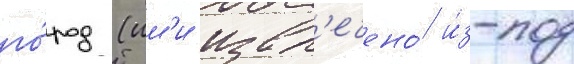
го́род (им'и извл'ечено́ и́з-под